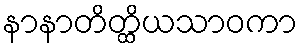
နာနာတိတ္ထိယသာဝကာ